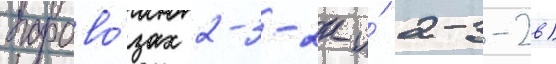
парово́зах 2-3-2к и́ 2-3-2в)